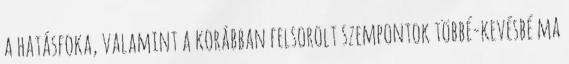
a hatásfoka, valamint a korábban felsorolt szempontok többé-kevésbé ma